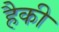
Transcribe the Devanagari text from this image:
हैकी